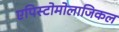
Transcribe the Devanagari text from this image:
एपिस्टोमोलाजिकल